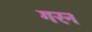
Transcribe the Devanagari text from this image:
गरन